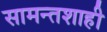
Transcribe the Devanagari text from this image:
सामन्‍तशाही